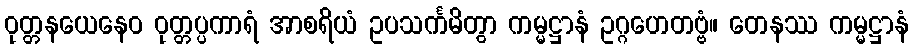
ဝုတ္တနယေနေဝ ဝုတ္တပ္ပကာရံ အာစရိယံ ဥပသင်္ကမိတွာ ကမ္မဋ္ဌာနံ ဥဂ္ဂဟေတဗ္ဗံ။ တေနဿ ကမ္မဋ္ဌာနံ